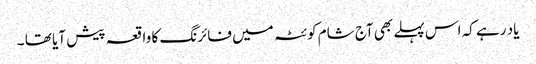
یاد رہے کہ اس پہلے بھی آج شام کوئٹہ میں فائرنگ کا واقعہ پیش آیا تھا ۔